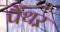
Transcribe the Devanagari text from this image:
पैंथऱ